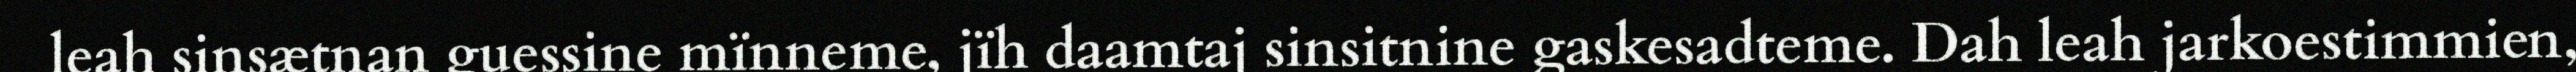
leah sinsætnan guessine mïnneme, jïh daamtaj sinsitnine gaskesadteme. Dah leah jarkoestimmien,